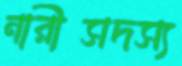
নারীসদস্য